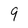
Character: 9